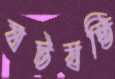
ষটষষ্ঠি